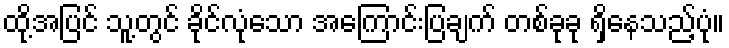
ထို့အပြင် သူ့တွင် ခိုင်လုံသော အကြောင်းပြချက် တစ်ခုခု ရှိနေသည့်ပုံ။